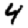
Digit: 4